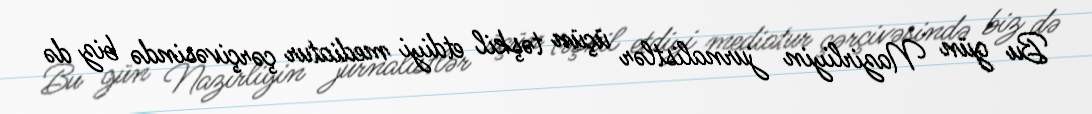
Bu gün Nazirliyin jurnalistlər üçün təşkil etdiyi mediatur çərçivəsində biz də